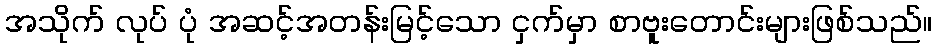
အသိုက် လုပ် ပုံ အဆင့်အတန်းမြင့်သော ငှက်မှာ စာဗူးတောင်းများဖြစ်သည်။